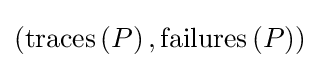
\left(\mathrm {traces} \left(P\right),\mathrm {failures} \left(P\right)\right)